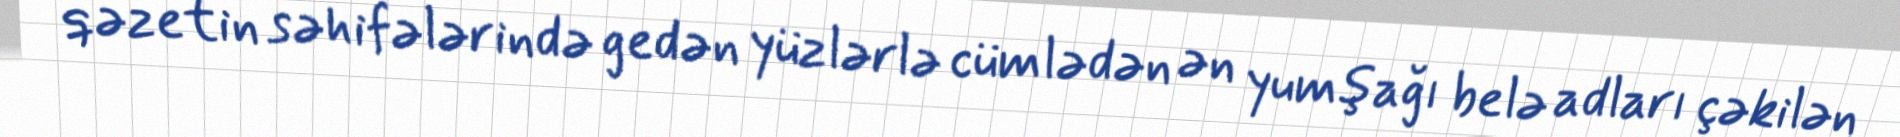
qəzetin səhifələrində gedən yüzlərlə cümlədən ən yumşağı belə adları çəkilən